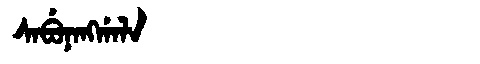
Manchu: ᠰᠠᠪᡠᠨᠠᠩᡤᠠᠯᠠ
Romanization: SABUNANGGALA